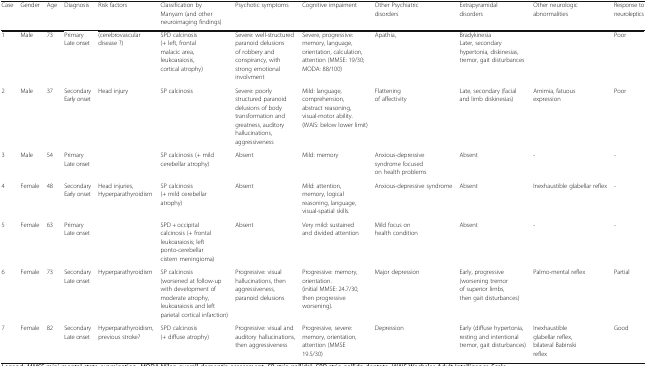
| Case | Gender | Age | Diagnosis | Risk factors | Classification by Manyam (and other neuroimaging findings) | Psychotic symptoms | Cognitive impaiment | Other Psychiatric disorders | Extrapyramidal disorders | Other neurologic abnormalities | Response to neuroleptics |
 | --- | --- | --- | --- | --- | --- | --- | --- | --- | --- | --- | --- |
 | 1 | Male | 73 | PrimaryLate onset | (cerebrovascular disease ?) | SPD calcinosis (+ left, frontal malacic area, leukoaraiosis, cortical atrophy) | Severe: well-structured paranoid delusions of robbery and conspirancy, with strong emotional involvment | Severe, progressive: memory, language, orientation, calculation, attention (MMSE: 19/30; MODA: 88/100) | Apathia, | BradykinesiaLater, secondary hypertonia, diskinesias, tremor, gait disturbances |  | Poor |
 | 2 | Male | 37 | SecondaryEarly onset | Head injury | SP calcinosis | Severe: poorly structured paranoid delusions of body transformation and greatness, auditory hallucinations, aggressiveness | Mild: language, comprehension, abstract reasoning, visual-motor ability.(WAIS: below lower limit) | Flattening of affectivity | Late, secondary (facial and limb diskinesias) | Amimia, fatuous expression | Poor |
 | 3 | Male | 54 | PrimaryLate onset |  | SP calcinosis (+ mild cerebellar atrophy) | Absent | Mild: memory | Anxious-depressive syndrome focused on health problems | Absent | - | - |
 | 4 | Female | 48 | SecondaryEarly onset | Head injuries, Hyperparathyroidism | SP calcinosis (+ mild cerebellar atrophy) | Absent | Mild: attention, memory, logical reasoning, language, visual-spatial skills. | Anxious-depressive syndrome | Absent | Inexhaustible glabellar reflex | - |
 | 5 | Female | 63 | PrimaryLate onset |  | SPD + occipital calcinosis (+ frontal leukoaraiosis; left ponto-cerebellar cistern meningioma) | Absent | Very mild: sustained and divided attention | Mild focus on health condition | Absent | - | - |
 | 6 | Female | 73 | SecondaryLate onset | Hyperparathyroidism | SP calcinosis (worsened at follow-up with development of moderate atrophy, leukoaraiosis and left parietal cortical infarction) | Progressive: visual hallucinations, then aggressiveness, paranoid delusions | Progressive: memory, orientation. (initial MMSE: 24.7/30, then progressive worsening). | Major depression | Early, progressive (worsening tremor of superior limbs, then gait disturbances) | Palmo-mental reflex | Partial |
 | 7 | Female | 82 | SecondaryLate onset | Hyperparathyroidism, previous stroke? | SPD calcinosis (+ diffuse atrophy) | Progressive: visual and auditory hallucinations, then aggressiveness | Progressive, severe: memory, orientation, attention (MMSE 19.5/30) | Depression | Early (diffuse hypertonia, resting and intentional tremor, gait disturbances) | Inexhaustible glabellar reflex, bilateral Babinski reflex | Good |